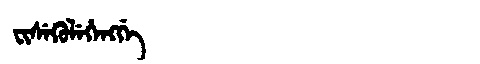
Manchu: ᠸᡳᠰᡝᡴᡠᠯᡝᡥᡝᠩᡤᡝ
Romanization: FISEKULEHENGGE